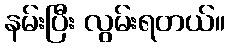
နမ်းပြီး လွမ်းရတယ်။